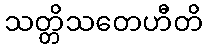
သတ္တိသတေဟီတိ